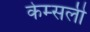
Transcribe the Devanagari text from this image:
केम्सली